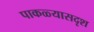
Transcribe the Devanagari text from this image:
पाकळ्यासदृश